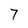
Character: 7